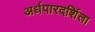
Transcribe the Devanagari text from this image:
अर्धपारदर्शिता